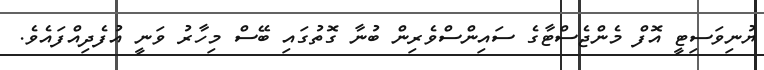
ޔުނިވަސިޓީ އޮފް މެންޖެސްޓާގެ ސައިންސްވެރިން ބުނާ ގޮތުގައި ބޭސް މިހާރު ވަނީ އުފެދިއްފައެވެ.